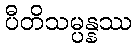
ပီတိသမ္ပန္နဿ